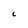
Character: c